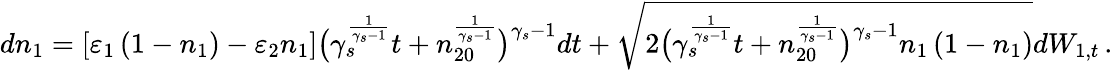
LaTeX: dn_{1}=\left[\varepsilon_{1}\left(1-n_{1}\right)-\varepsilon_{2}n_{1}\right]\big(\gamma_{s}^{\frac{1}{\gamma_{s}-1}}t+n_{20}^{\frac{1}{\gamma_{s}-1}}\big)^{\gamma_{s}-1}dt+\sqrt{2\big(\gamma_{s}^{\frac{1}{\gamma_{s}-1}}t+n_{20}^{\frac{1}{\gamma_{s}-1}}\big)^{\gamma_{s}-1}n_{1}\left(1-n_{1}\right)}dW_{1,t}\, .